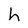
Character: h